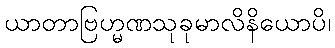
ယာတာဗြဟ္မဏသုခုမာလိနိယောပိ၊